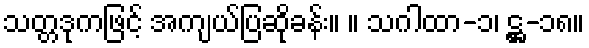
သတ္တဒုကဖြင့် အကျယ်ပြဆိုခန်း။ ။ သဂါထာ-၁၊ ဋ္ဌ-၁၈။